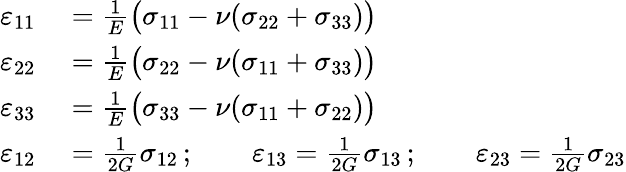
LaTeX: \begin{array}{rl}{\varepsilon_{11}}&{{}={\frac{1}{E}}{\big(}\sigma_{11}-\nu(\sigma_{22}+\sigma_{33}){\big)}}\\ {\varepsilon_{22}}&{{}={\frac{1}{E}}{\big(}\sigma_{22}-\nu(\sigma_{11}+\sigma_{33}){\big)}}\\ {\varepsilon_{33}}&{{}={\frac{1}{E}}{\big(}\sigma_{33}-\nu(\sigma_{11}+\sigma_{22}){\big)}}\\ {\varepsilon_{12}}&{{}={\frac{1}{2G}}\sigma_{12}\, ;\qquad\varepsilon_{13}={\frac{1}{2G}}\sigma_{13}\, ;\qquad\varepsilon_{23}={\frac{1}{2G}}\sigma_{23}}\end{array}